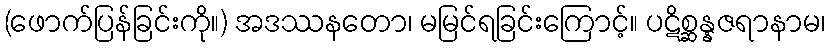
(ဖောက်ပြန်ခြင်းကို။) အဒဿနတော၊ မမြင်ရခြင်းကြောင့်။ ပဋိစ္ဆန္နဇရာနာမ၊